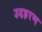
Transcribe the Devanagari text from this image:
उदहरण